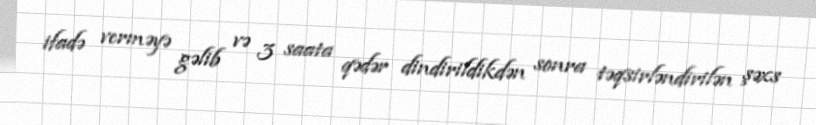
ifadə verməyə gəlib və 3 saata qədər dindirildikdən sonra təqsirləndirilən şəxs